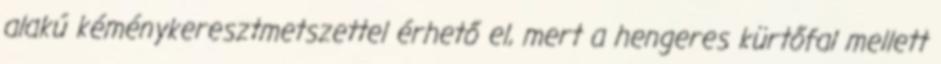
alakú kéménykeresztmetszettel érhető el, mert a hengeres kürtőfal mellett